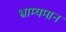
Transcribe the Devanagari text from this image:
भ्राम्यमान